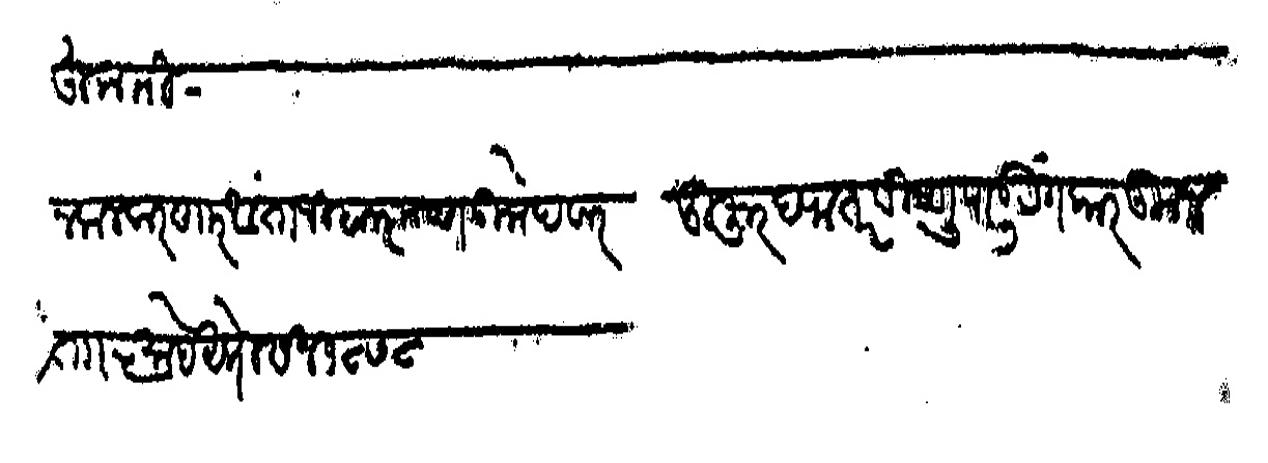
Transliteration (Devanagari): हुकमी नकल करणार हुजुर दप्तर विष्णु पांडुरंग कारकून अंताजी बाळकृष्ण उमेदवार ता ५ माहे अप्रेल सन १८७८